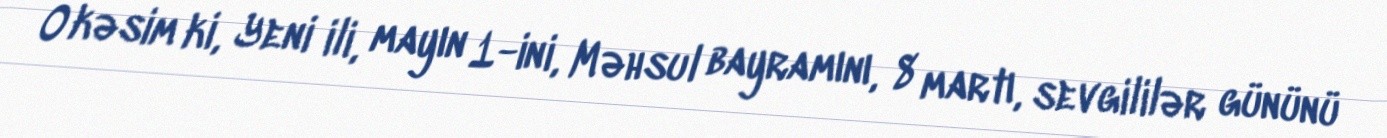
O kəsim ki, Yeni ili, mayın 1-ini, Məhsul bayramını, 8 martı, sevgililər gününü